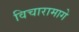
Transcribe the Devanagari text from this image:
विचारामागे